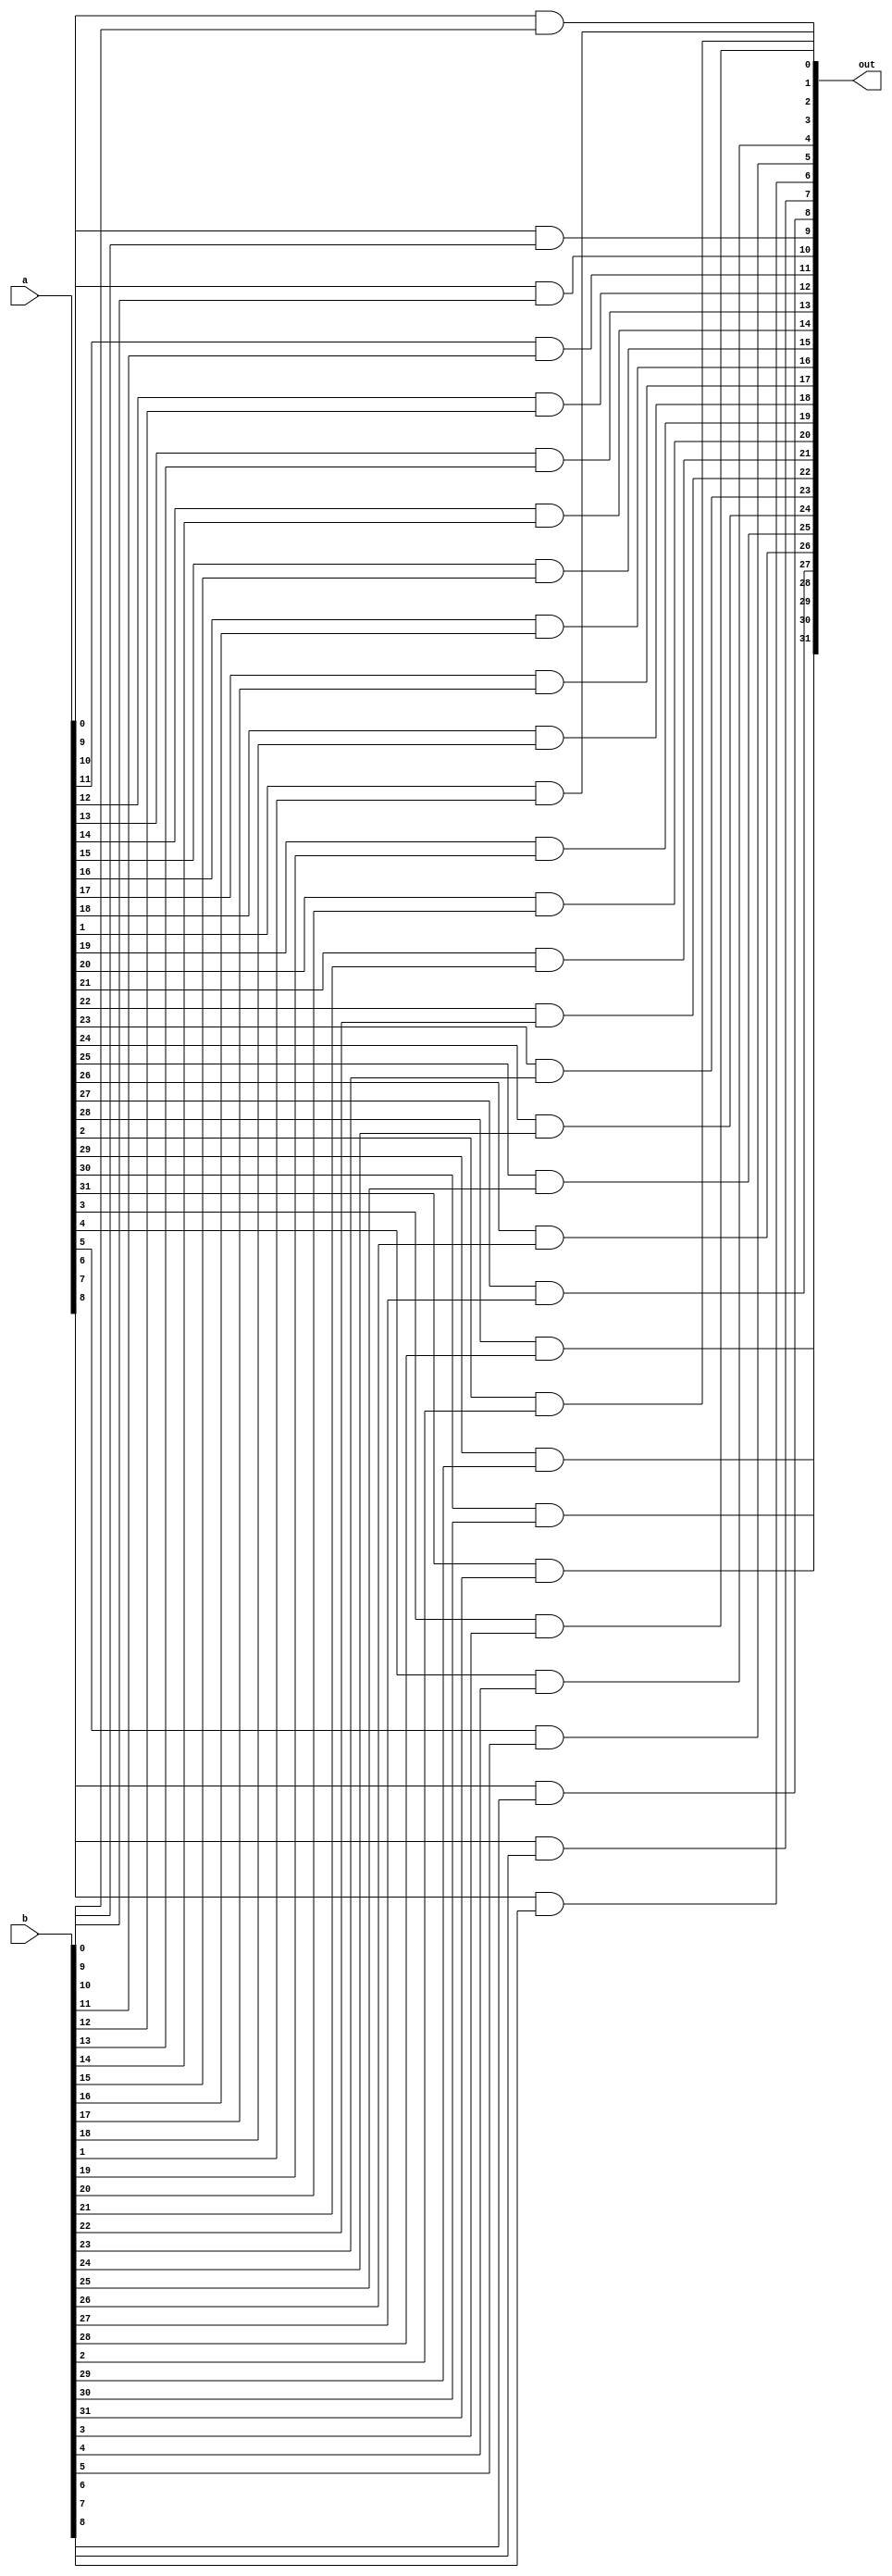
`default_nettype none

module Ander(a, b, out);
	parameter integer BUS_SIZE = 32;
	
	input [BUS_SIZE-1:0] a, b;
	/* verilator lint_off UNOPTFLAT */
	output [BUS_SIZE-1:0] out;
	
	genvar i;
	generate
		for (i=0; i<BUS_SIZE; i=i+1)
		begin: and_block
			assign out[i] = a[i] & b[i];
		end
	endgenerate
endmodule